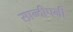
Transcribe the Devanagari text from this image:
सान्दीपनी